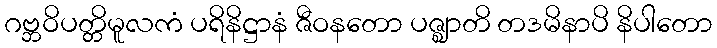
ဂဗ္ဘဝိပတ္တိမူလကံ ပရိနိဋ္ဌာနံ ဇီဝနတော ပဇ္ဈာတိ တဒမိနာပိ နိပါတော